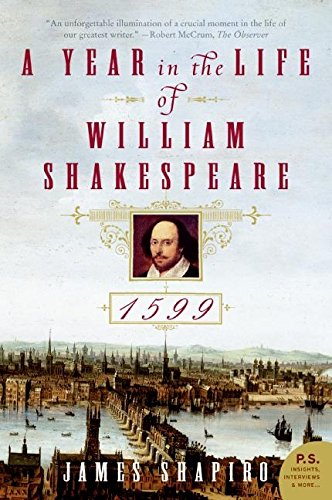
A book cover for A Year in the Life of William Shakespeare: 1599; James Shapiro; Literature & Fiction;